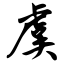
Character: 虞